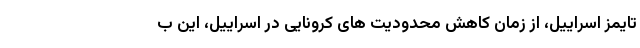
تایمز اسراییل، از زمان کاهش محدودیت های کرونایی در اسراییل، این ب